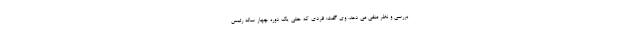
بررسی و نظر منفی می دهد. وی گفت: فردی که حتی یک دوره چهار ساله رئیس